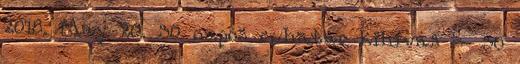
2018. May 20. 30 napos ruhatár kihívás – 30